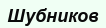
Шубников